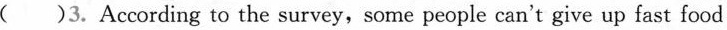
( )3. According to the survey, some people can't give up fast food